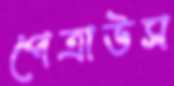
পেত্রাউস